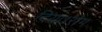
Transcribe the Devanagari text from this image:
दिया।रोग